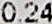
0.24